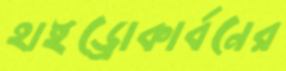
হাইড্রোকার্বনের